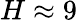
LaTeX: H\approx 9